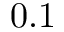
0 . 1